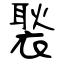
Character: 褧